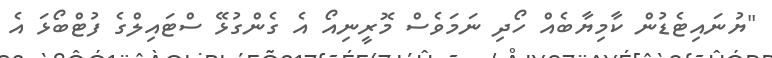
"ޔުނައިޓެޑުން ކާމިޔާބެއް ހޯދި ނަމަވެސް މޮރީނިއޯ އެ ގެންގުޅޭ ސްޓައިލްގެ ފުޓްބޯޅަ އެ